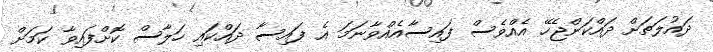
ދައުލަތަށް ދައްކަންޖެހޭ އެއްވެސް ފައިސާއެއްވާނަމަ އެ ފައިސާ ދައްކައި ހަލާސް ކޮށްފައިވާ ކަމަށް